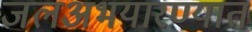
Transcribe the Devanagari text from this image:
जलअभयारण्यात